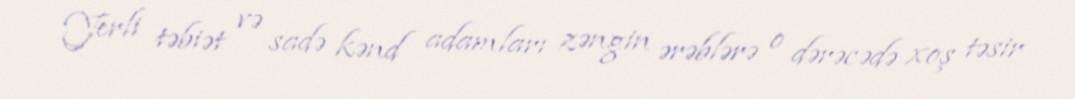
Yerli təbiət və sadə kənd adamları zəngin ərəblərə o dərəcədə xoş təsir